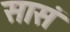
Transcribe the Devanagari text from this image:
सासं